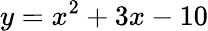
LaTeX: y=x^{2}+3x-10